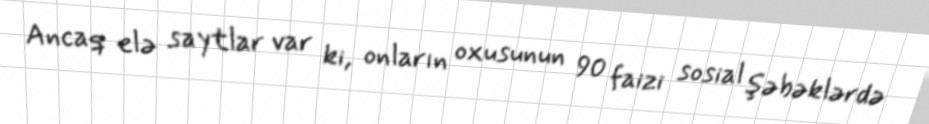
Ancaq elə saytlar var ki, onların oxusunun 90 faizi sosial şəbəklərdə